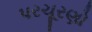
પરચૂરણો